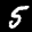
Label: 5